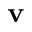
\mathbf { v }